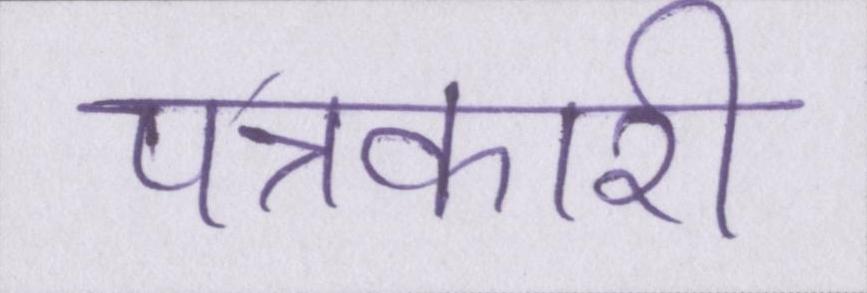
पत्रकारी